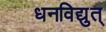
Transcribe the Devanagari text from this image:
धनविद्युत्